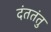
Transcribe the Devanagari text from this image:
दंततंतु